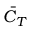
\Bar { C } _ { T }